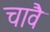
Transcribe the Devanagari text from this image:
चावै